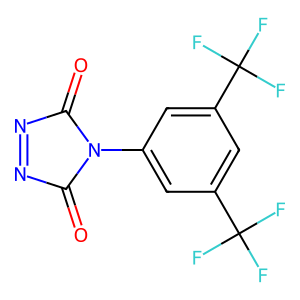
SMILES: O=C1N=NC(=O)N1c1cc(C(F)(F)F)cc(C(F)(F)F)c1
Inhibits HIV replication: No